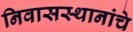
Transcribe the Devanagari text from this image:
निवासस्थानांचे